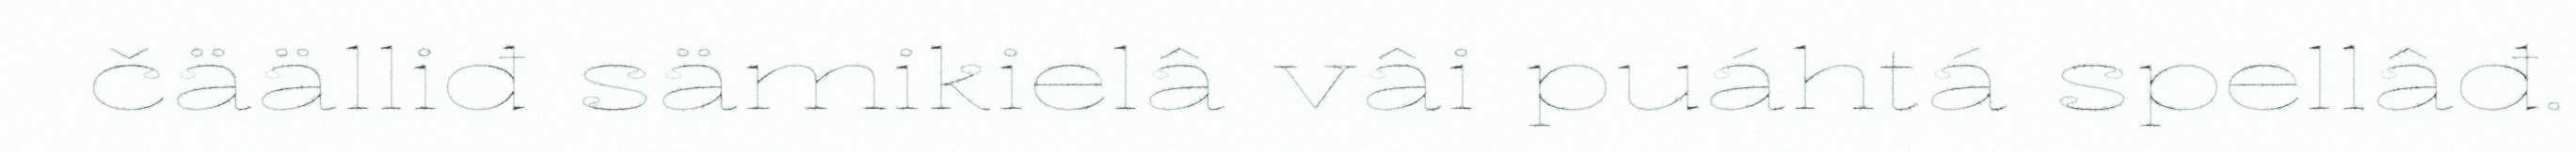
čäälliđ sämikielâ vâi puáhtá spellâđ.